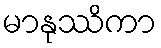
မာနုဿိကာ